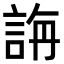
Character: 𮘍